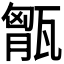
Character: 𤭶